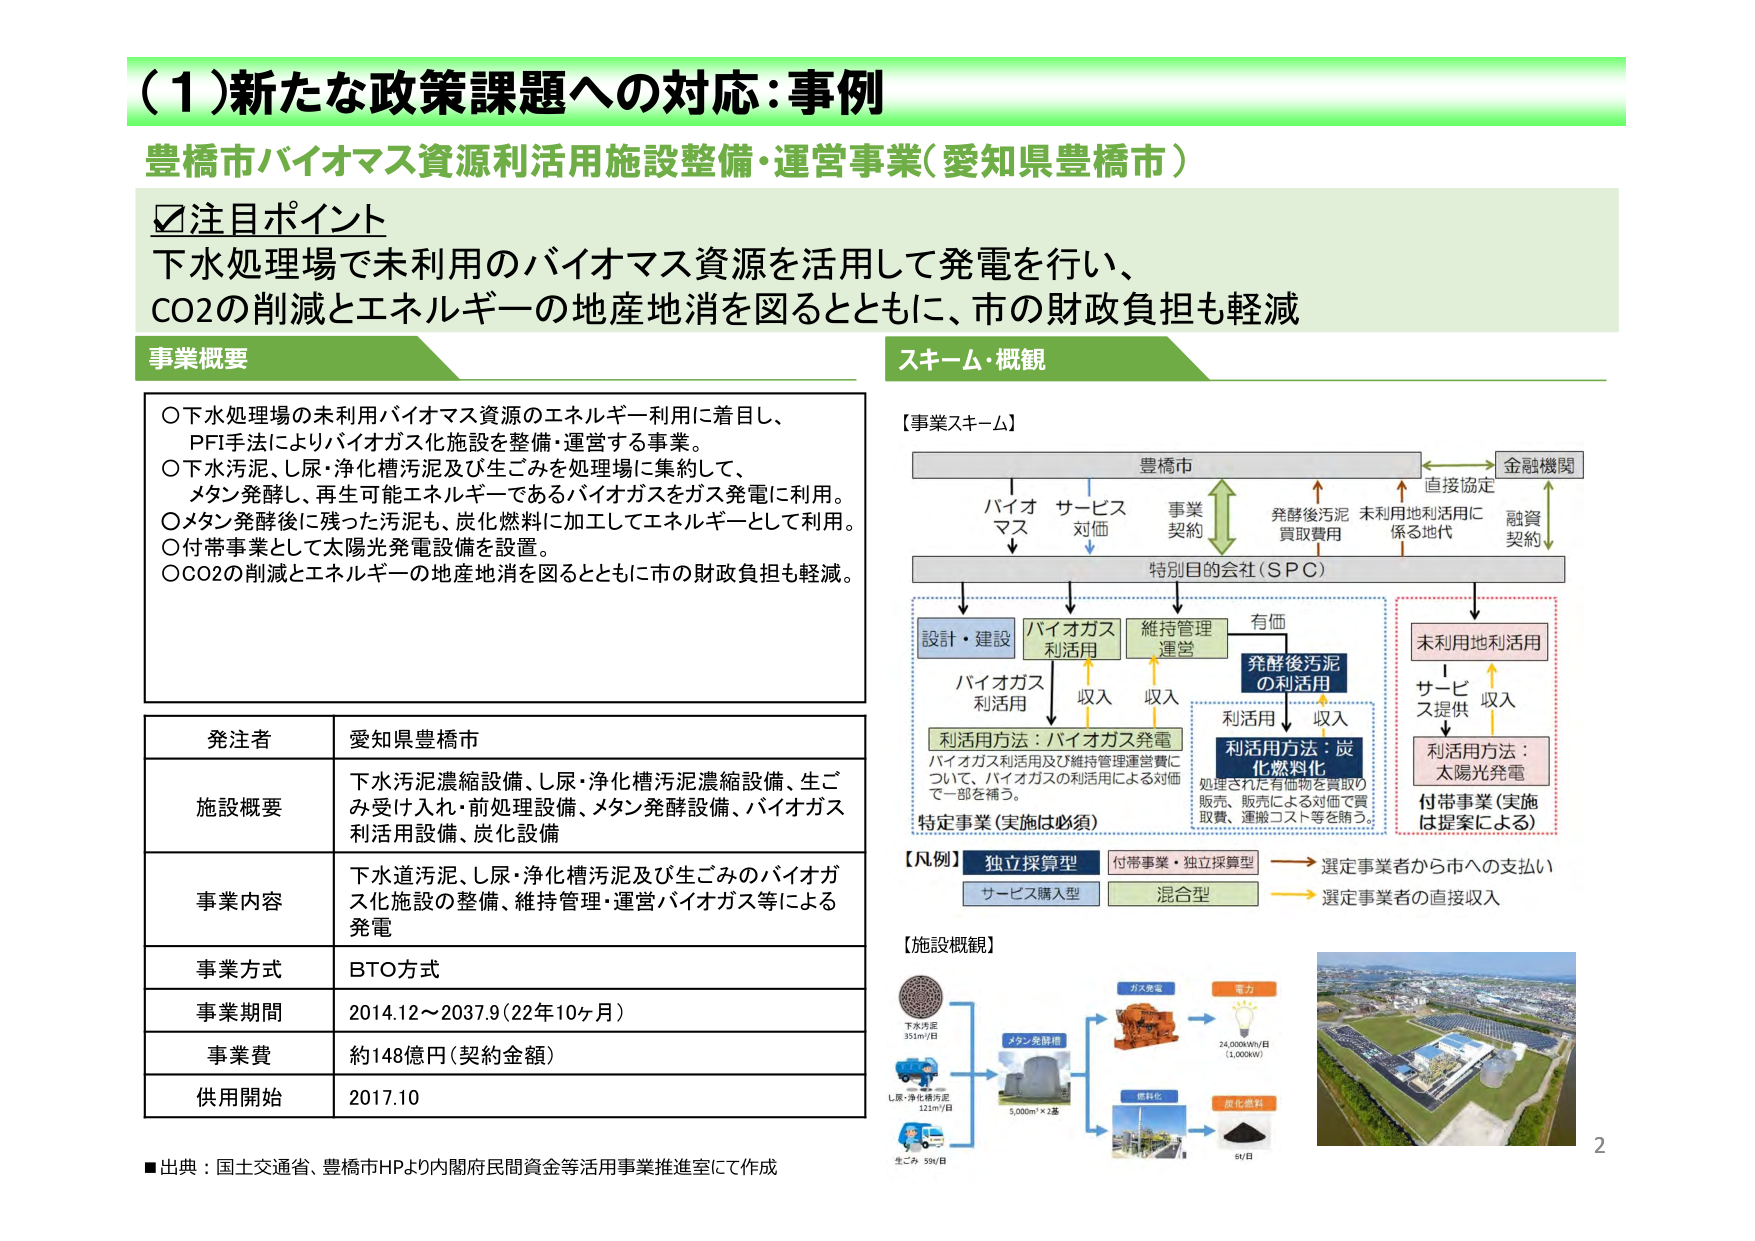
（１）新たな政策課題への対応：事例
豊橋市バイオマス資源利活用施設整備・運営事業（愛知県豊橋市）

☑注目ポイント
下水処理場で未利用のバイオマス資源を活用して発電を行い、
CO2の削減とエネルギーの地産地消を図るとともに、市の財政負担も軽減

事業概要
○下水処理場の未利用バイオマス資源のエネルギー利用に着目し、
PFI手法によりバイオガス化施設を整備・運営する事業。
○下水汚泥、し尿・浄化槽汚泥及び生ごみを処理場に集約して、
メタン発酵し、再生可能エネルギーであるバイオガスをガス発電に利用。
○メタン発酵後に残った汚泥も、炭化燃料に加工してエネルギーとして利用。
○付帯事業として太陽光発電設備を設置。
○CO2の削減とエネルギーの地産地消を図るとともに市の財政負担も軽減。

発注者　愛知県豊橋市
施設概要　下水汚泥濃縮設備、し尿・浄化槽汚泥濃縮設備、生ごみ受け入れ・前処理設備、メタン発酵設備、バイオガス利活用設備、炭化設備
事業内容　下水道汚泥、し尿・浄化槽汚泥及び生ごみのバイオガス化施設の整備、維持管理・運営バイオガス等による発電
事業方式　BTO方式
事業期間　2014.12～2037.9（22年10ヶ月）
事業費　約148億円（契約金額）
供用開始　2017.10

スキーム・概観
【事業スキーム】
豊橋市　←→　金融機関
　　↓　　　　　　↑直接協定
　　バイオ　サービス　事業　発酵後汚泥　未利用地利活用に
　　マス　　対価　　契約　　買取費用　　係る地代
　　　　　　　　　　　　　　　　　　　　↑融資契約
　　　　　　　　　　　　　　　　　　　　↓
　　　　　　　　　　　　　　　　　特別目的会社（SPC）
　　　　　　　　　　　　　　　　　↓
　　　　　　　　　　　　　　　設計・建設　バイオガス　維持管理
　　　　　　　　　　　　　　　　　　　　利活用　　運営
　　　　　　　　　　　　　　　　　　　　↓　　　　↓
　　　　　　　　　　　　　　　　バイオガス　　収入　　収入
　　　　　　　　　　　　　　　　利活用
　　　　　　　　　　　　　　　　利活用方法：バイオガス発電
　　　　　　　　　　　　　　　　バイオガス利活用及び維持管理運営費に
　　　　　　　　　　　　　　　　ついて、バイオガスの利活用による対価
　　　　　　　　　　　　　　　　で一部を補う。
　　　　　　　　　　　　　　　　特定事業（実施は必須）
　　　　　　　　　　　　　　　　　　　　　　　　　　　　有価
　　　　　　　　　　　　　　　　　　　　　　　　　　　　↓
　　　　　　　　　　　　　　　　　　　　　　　発酵後汚泥
　　　　　　　　　　　　　　　　　　　　　　　　の利活用
　　　　　　　　　　　　　　　　　　　　　　　　↓　　↓
　　　　　　　　　　　　　　　　　　　　　　利活用　収入
　　　　　　　　　　　　　　　　　　　　　　利活用方法：炭
　　　　　　　　　　　　　　　　　　　　　　化燃料化
　　　　　　　　　　　　　　　　　　　　　　処理された有価物を買取り
　　　　　　　　　　　　　　　　　　　　　　販売、販売による対価で買
　　　　　　　　　　　　　　　　　　　　　　取費、運搬コスト等を賄う。
　　　　　　　　　　　　　　　　　　　　　　　　　　　　　　↓
　　　　　　　　　　　　　　　　　　　　　　未利用地利活用
　　　　　　　　　　　　　　　　　　　　　　　　↓　　↓
　　　　　　　　　　　　　　　　　　　　　　サービス提供　収入
　　　　　　　　　　　　　　　　　　　　　　利活用方法：
　　　　　　　　　　　　　　　　　　　　　　太陽光発電
　　　　　　　　　　　　　　　　　　　　　　付帯事業（実施
　　　　　　　　　　　　　　　　　　　　　　は提案による）

【凡例】
独立採算型　→　選定事業者から市への支払い
付帯事業・独立採算型
サービス購入型　→　選定事業者の直接収入
混合型

【施設概観】
下水汚泥　351m³/日
し尿・浄化槽汚泥　121m³/日
生ごみ　50t/日
メタン発酵槽　5,000m³×2基
ガス発電　→　電力　24,000kWh/日（1,000kW）
燃料化　→　炭化燃料　6t/日

■出典：国土交通省、豊橋市HPより内閣府民間資金等活用事業推進室にて作成
2